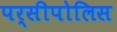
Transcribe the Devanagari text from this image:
पर्सीपोलिस